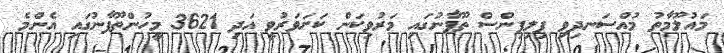
މައުލޫމާތު މުއްސަނދިވި ފިލިޕިންސް ތޫފާނުގައި މަރުވިކަން ކަށަވަރުވީ އަދި 3621 މީހުންތޫފާނުގައި އެންމެ